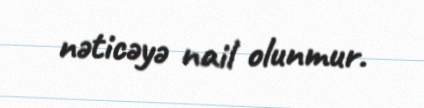
nəticəyə nail olunmur.